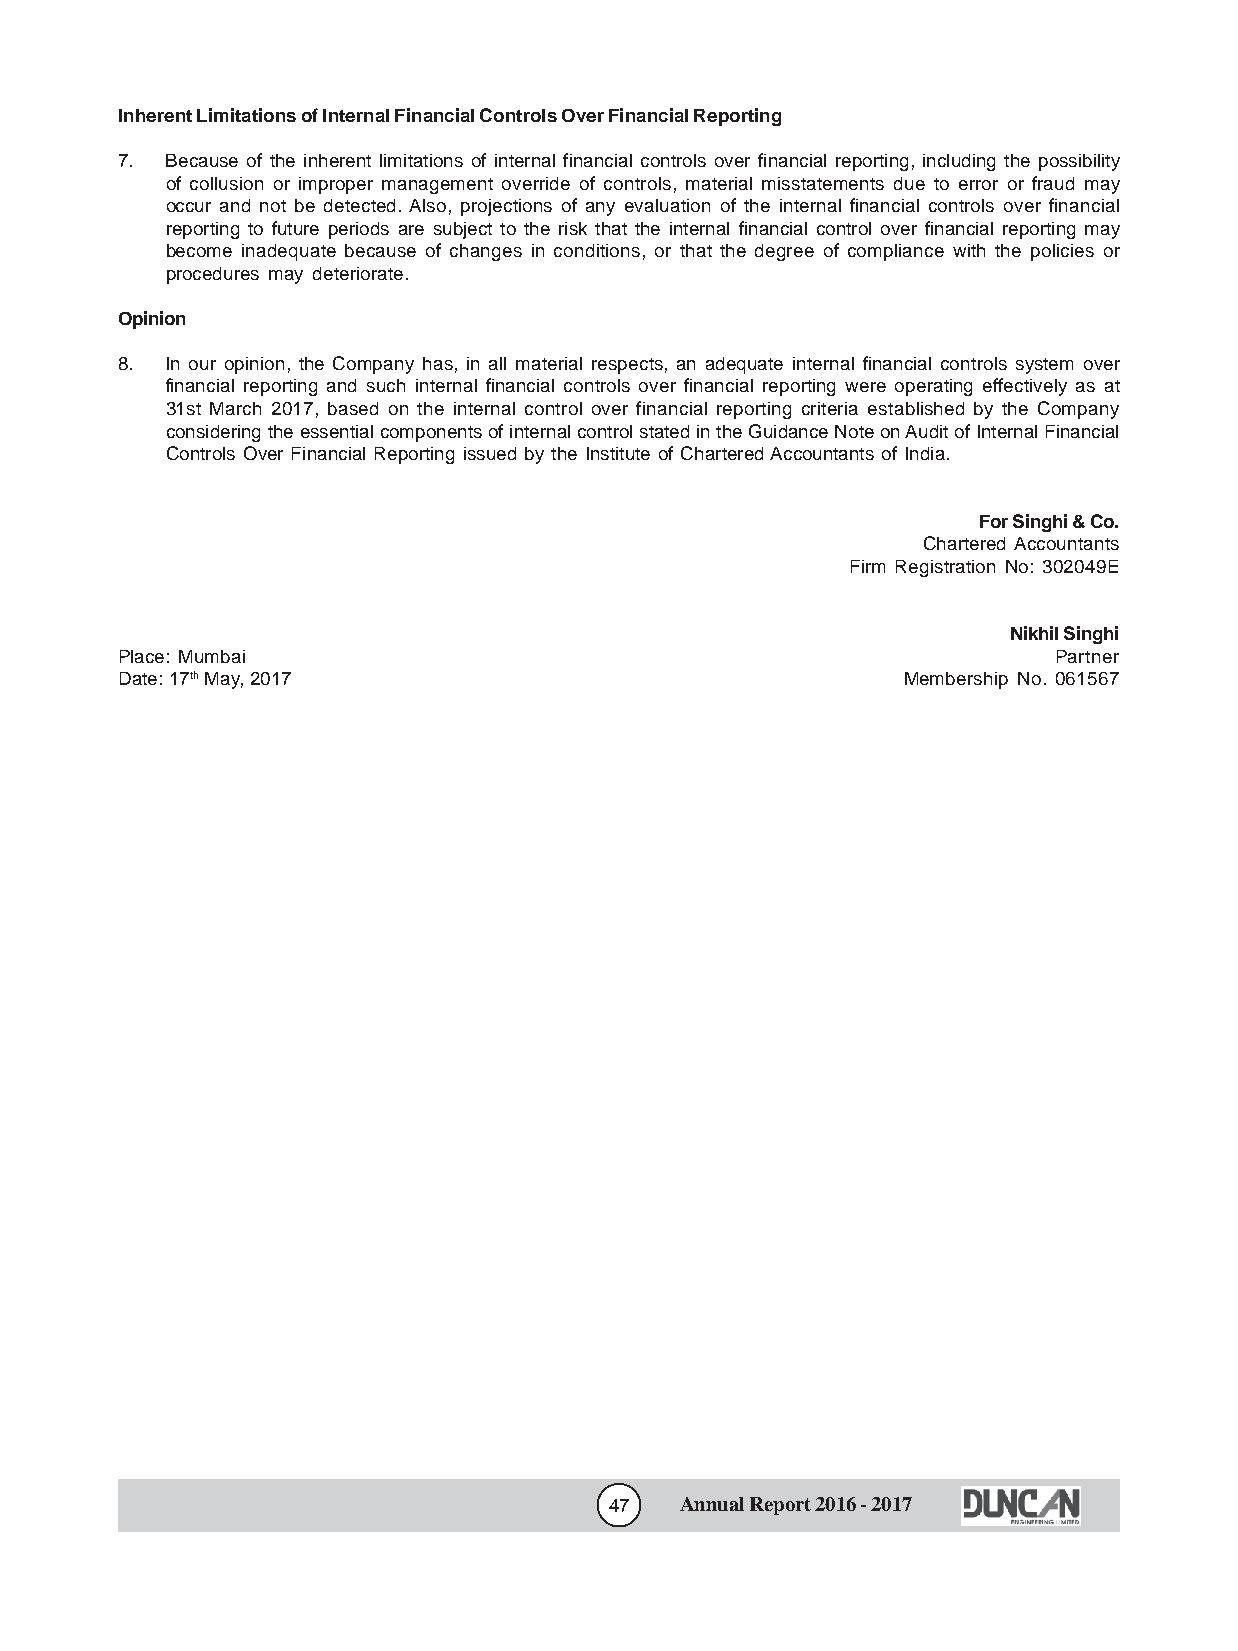
Inherent Limitations of Internal Financial Controls Over Financial Reporting
 7. Because of the inherent limitations of internal financial controls over financial reporting, including the possibility
 of collusion or improper management override of controls, material misstatements due to error or fraud may
 occur and not be detected. Also, projections of any evaluation of the internal financial controls over financial
 reporting to future periods are subject to the risk that the internal financial control over financial reporting may
 become inadequate because of changes in conditions, or that the degree of compliance with the policies or
 procedures may deteriorate.
 Opinion
 8. In our opinion, the Company has, in all material respects, an adequate internal financial controls system over
 financial reporting and such internal financial controls over financial reporting were operating effectively as at
 31st March 2017, based on the internal control over financial reporting criteria established by the Company
 considering the essential components of internal control stated in the Guidance Note on Audit of Internal Financial
 Controls Over Financial Reporting issued by the Institute of Chartered Accountants of India.
 For Singhi & Co.
 Chartered Accountants
 Firm Registration No: 302049E
 Nikhil Singhi
 Place: Mumbai                                                 Partner
 Date: 17th May, 2017                                Membership No. 061567
 47   Annual Report 2016 - 2017